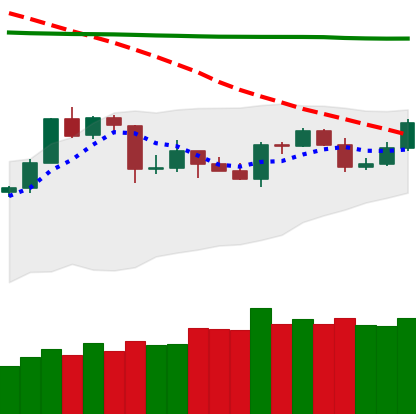
Ticker: TRX-USD
Chart end date: 2020-04-23
Forward return: 13.583%
Label: up_7plus